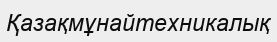
Қазақмұнайтехникалық